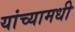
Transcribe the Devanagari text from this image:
यांच्यामधी